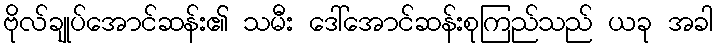
ဗိုလ်ချုပ်အောင်ဆန်း၏ သမီး ဒေါ်အောင်ဆန်းစုကြည်သည် ယခု အခါ